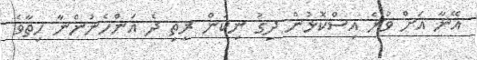
އޭނާ އަށް ވުރެ އިސްކޮޅުން ދިގު ނިކަން ރީތި ދެ އަންހެނުންނާ ހިތާވެ